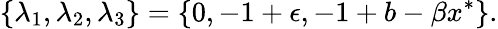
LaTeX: \{ \lambda_{1},\lambda_{2},\lambda_{3}\} =\{ 0,-1+\epsilon,-1+b-\beta x^{*}\} .